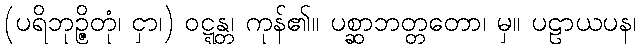
(ပရိဘုဉ္ဇိတုံ၊ ငှာ၊) ဝဋ္ဋန္တ၊ ကုန်၏။ ပစ္ဆာဘတ္တတော၊ မှ။ ပဠာယပန၊